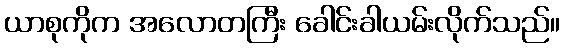
ယာစုကိုက အလောတကြီး ခေါင်းခါယမ်းလိုက်သည်။